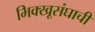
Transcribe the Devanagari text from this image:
भिक्खूसंघाची